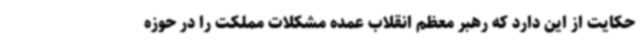
حکایت از این دارد که رهبر معظم انقلاب عمده مشکلات مملکت را در حوزه